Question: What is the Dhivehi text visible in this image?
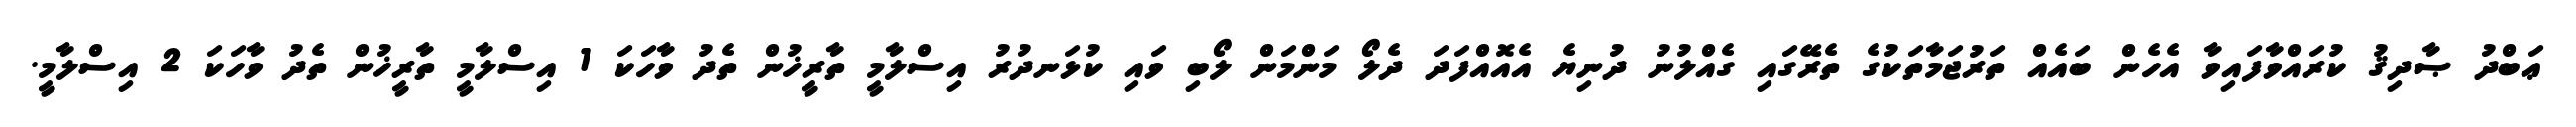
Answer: ޢަބްދު ޞާދިޤު ކުރައްވާފައިވާ އެހެން ބައެއް ތަރުޖަމާތަކުގެ ތެރޭގައި ގެއްލުނު ދުނިޔެ އެއޮއްފަދަ ދެލޯ މަންމަން ލޯބި ވައި ކުޅަނދުރު އިސްލާމީ ތާރީޚުން ތެދު ވާހަކަ 1 އިސްލާމީ ތާރީޚުން ތެދު ވާހަކަ 2 އިސްލާމީ.